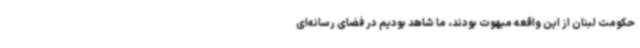
حکومت لبنان از این واقعه مبهوت بودند، ما شاهد بودیم در فضای رسانه‌ای